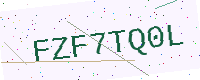
Text: FZF7TQ0L